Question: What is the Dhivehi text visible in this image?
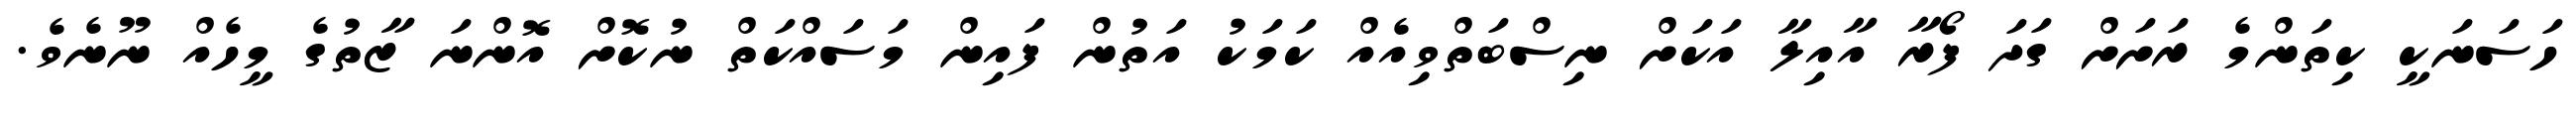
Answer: ހަސަނަކީ ކިތަންމެ ރަށަށް ގަދަ ފޯރާ އާއިލާ އަކަށް ނިސްބަތްވިއެއް ކަމަކު އަތުން ފައިން މަސައްކަތް ނުކޮށް އޮންނަ ޒާތުގެ މީހެއް ނޫނެވެ.